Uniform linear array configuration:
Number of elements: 48
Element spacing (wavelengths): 0.75
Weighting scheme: hann
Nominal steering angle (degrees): -15
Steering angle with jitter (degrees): -13.138
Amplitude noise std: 0.05
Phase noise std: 0.05

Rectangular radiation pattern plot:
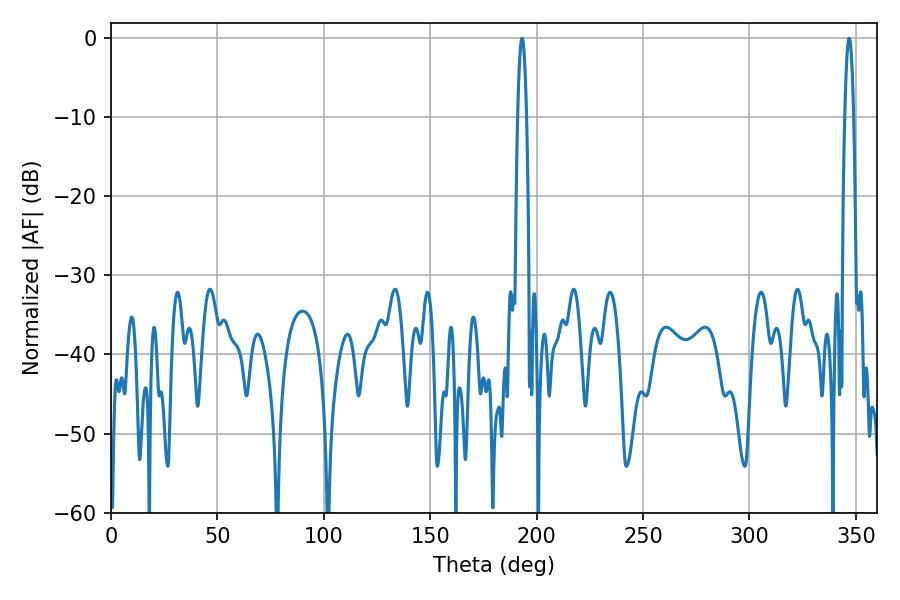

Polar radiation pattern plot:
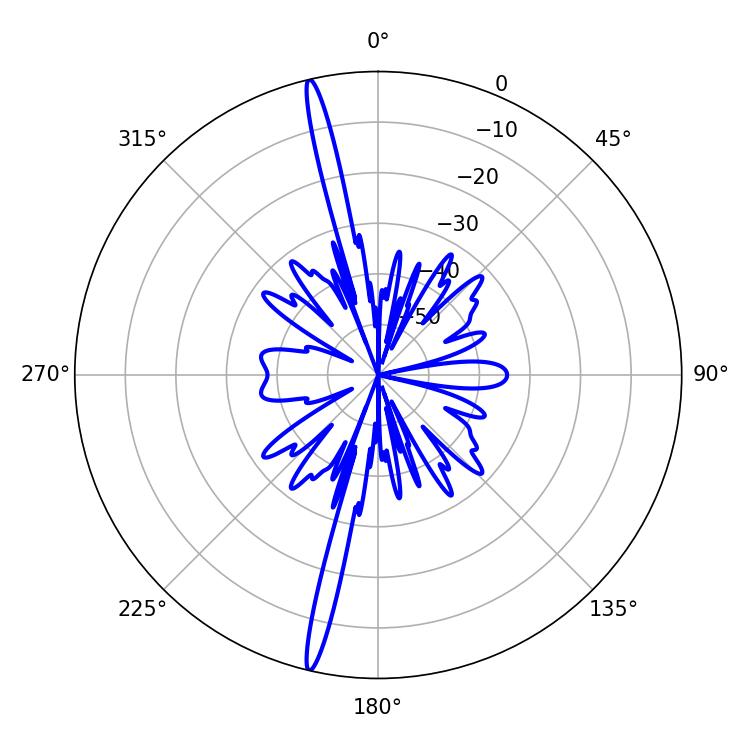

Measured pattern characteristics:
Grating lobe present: TRUE
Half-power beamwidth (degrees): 2.16
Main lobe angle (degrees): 193.14